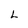
Character: L